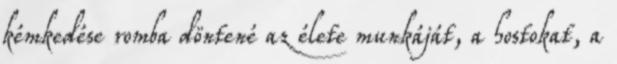
kémkedése romba döntené az élete munkáját, a hostokat, a